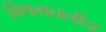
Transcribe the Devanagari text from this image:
विषमतलीय